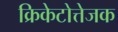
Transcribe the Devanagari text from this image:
क्रिकेटोत्तेजक